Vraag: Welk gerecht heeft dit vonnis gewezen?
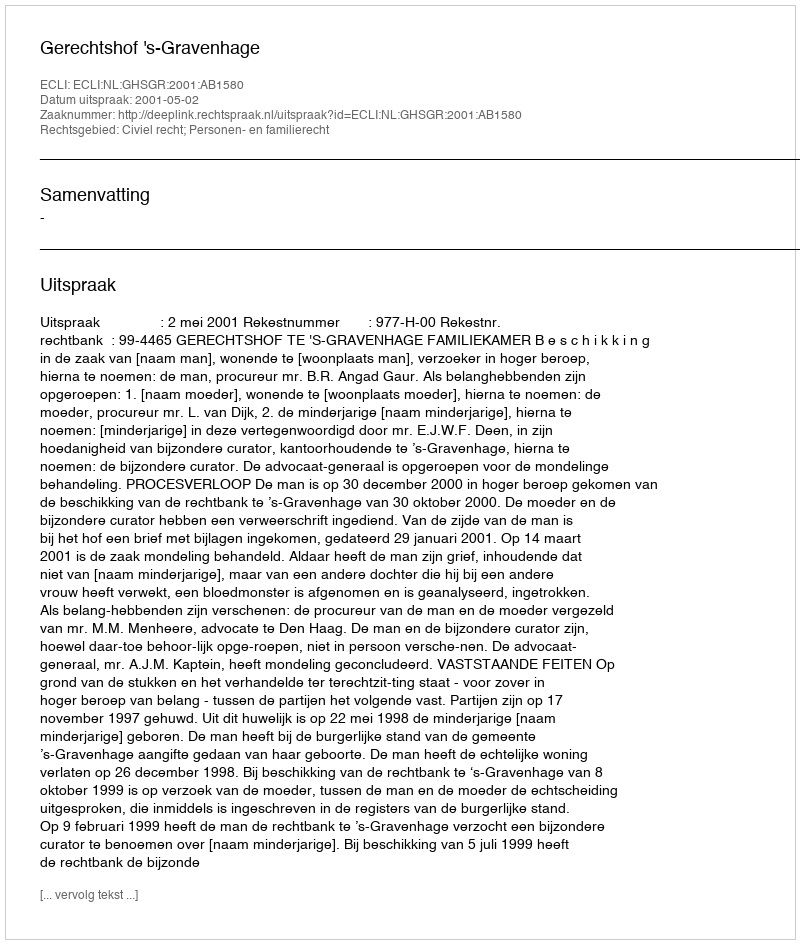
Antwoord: Gerechtshof 's-Gravenhage